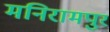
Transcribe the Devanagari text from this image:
मनिरामपुर